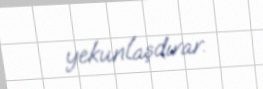
yekunlaşdırar.